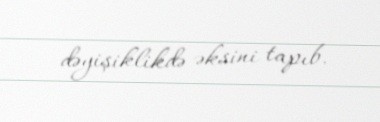
dəyişiklikdə əksini tapıb.